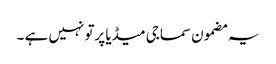
یہ مضمون سماجی میڈیا پرتو نہیں ہے ۔